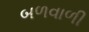
બળવાળી